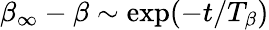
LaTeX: \beta_{\infty}-\beta\sim\mathrm{exp}(-t/T_{\beta})